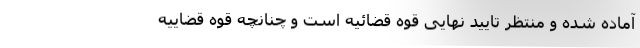
آماده شده و منتظر تایید نهایی قوه قضائیه است و چنانچه قوه قضاییه